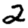
Digit: 2